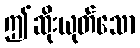
ဤဆိုးယုတ်သော